Punjab Mental Hospital Lahore 1922-31 - 1922-1931
Year: 1922
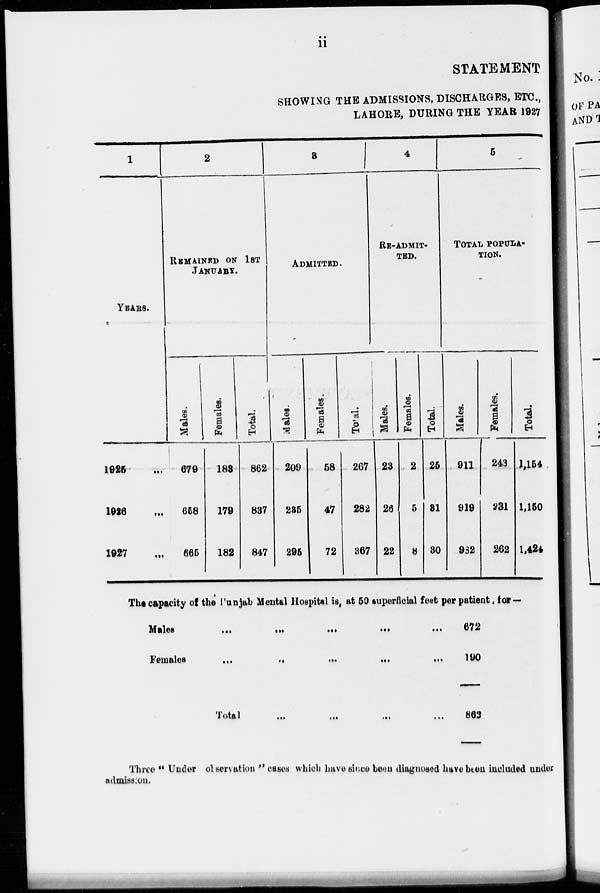
ii
STATEMENT
SHOWING THE ADMISSIONS, DISCHARGES, ETC.,
LAHORE, DURING THE YEAR 1927
1
YEARS.
1925 ...
1926 ...
1927 ...
2
REMAINED ON 1ST
JANUARY.
Males.
679
658
665
Females.
183
179
182
Total.
862
837
847
3
ADMITTED.
Males.
209
235
295
Females.
58
47
72
Total.
267
282
367
4
RE-ADMIT-
TED.
Males.
23
26
22
Females.
2
5
8
Total.
25
31
30
5
TOTAL POPULA¬
TION.
Males.
911
919
982
Females.
243
231
262
Total.
1,154
1,150
1,424
The capacity of the Punjab Mental Hospital is, at 50 superficial feet per patient, for—
Males
...
...
...
...
...
Females ... ... ... ... ...
Total ... ... ... ...
672
190
863
Three " Uuder observation " cases which have since been diagnosed have been included under
admission.